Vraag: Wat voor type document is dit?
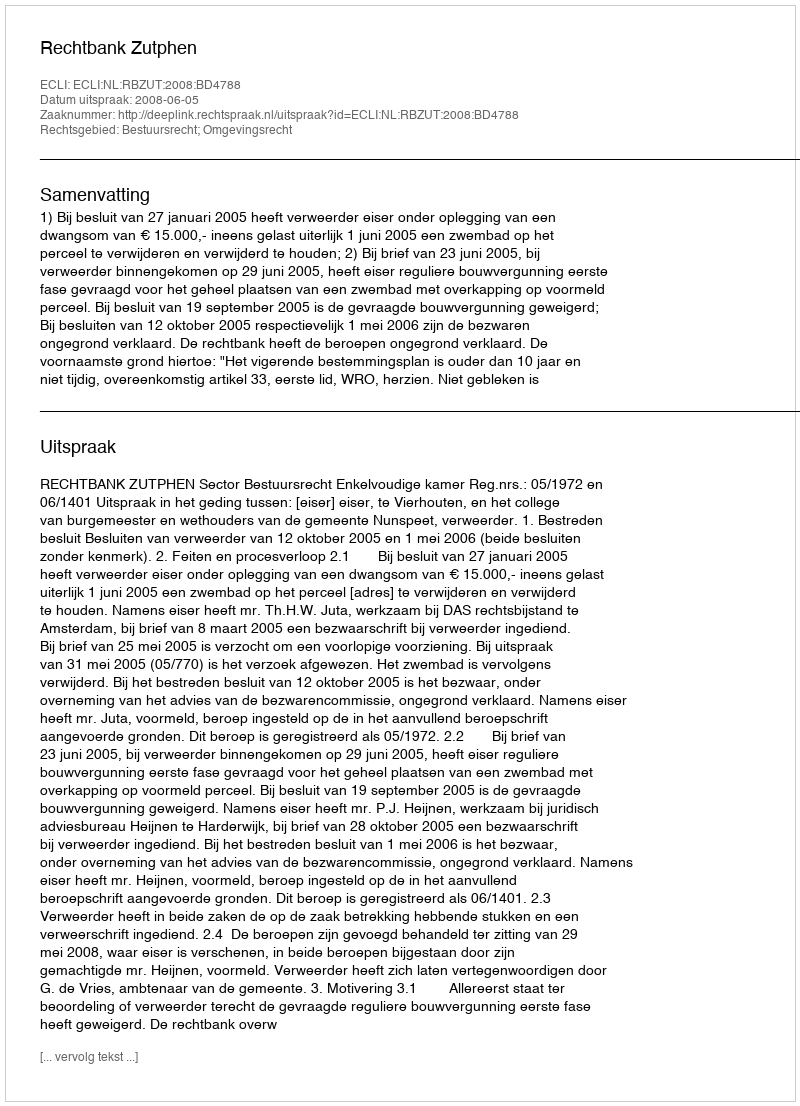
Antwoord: Uitspraak